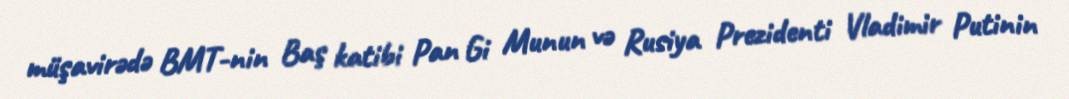
müşavirədə BMT-nin Baş katibi Pan Gi Munun və Rusiya Prezidenti Vladimir Putinin